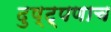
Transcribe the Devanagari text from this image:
दुष्ट्पणाच